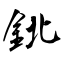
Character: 鉳